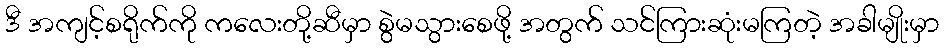
ဒီ အကျင့်စရိုက်ကို ကလေးတို့ဆီမှာ စွဲမသွားစေဖို့ အတွက် သင်ကြားဆုံးမကြတဲ့ အခါမျိုးမှာ